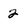
Character: 2